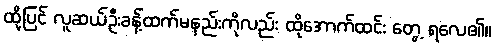
ထို့ပြင် လူဆယ်ဦးခန့်ထက်မနည်းကိုလည်း ထိုအောက်ထင်း တွေ့ ရလေ၏။